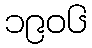
၁၉၀၆